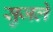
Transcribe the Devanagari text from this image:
सुजले